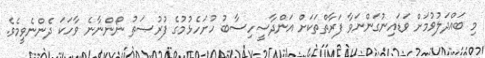
މި ބައްދަލުވުމަށް ވަޑައިނުގަންނަވާ ފަރާތްތަކަށް އަންދާސީހިސާބު ހުށަހެޅުމުގެ ފުރުޞަތު ނޯންނާނެ ވާހަކަ ދެންނެވީމެވެ.